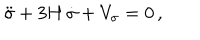
LaTeX: \ddot { \sigma } + 3 H \, \dot { \sigma } + V _ { \sigma } = 0 \, ,